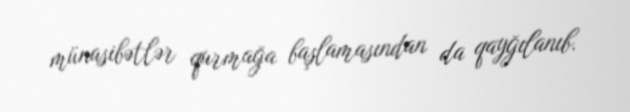
münasibətlər qurmağa başlamasından da qayğılanıb.